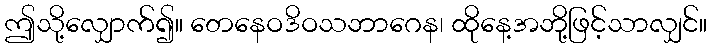
ဤသို့လျှောက်၍။ တေနေဝဒိဝသဘာဂေန၊ ထိုနေ့အဘို့ဖြင့်သာလျှင်။